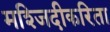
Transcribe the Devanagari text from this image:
मश्जिदीकरिता